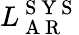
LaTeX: L_{\mathrm{~A~R~}}^{\mathrm{~S~Y~S~}}